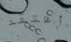
أعتقد